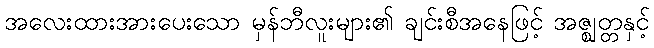
အလေးထားအားပေးသော မှန်ဘီလူးများ၏ ချင်းစီအနေဖြင့် အဇ္ဈတ္တနှင့်